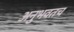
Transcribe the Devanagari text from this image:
अनुभवतच